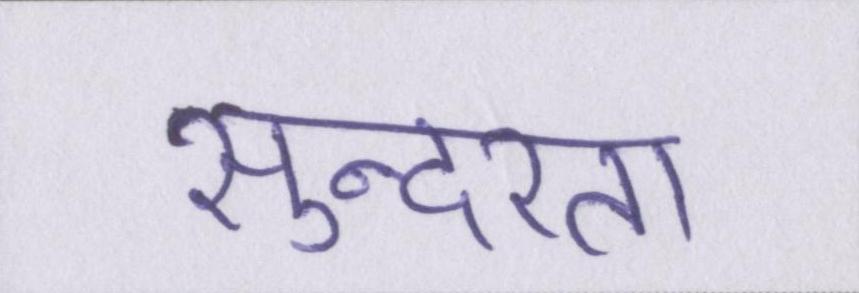
सुन्दरता